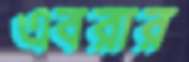
এবরার